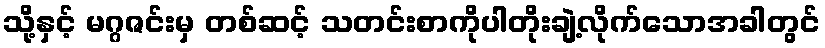
သို့နှင့် မဂ္ဂဇင်းမှ တစ်ဆင့် သတင်းစာကိုပါတိုးချဲ့လိုက်သောအခါတွင်